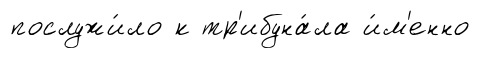
послужи́ло к тр'ибуна́ла и́м'енно